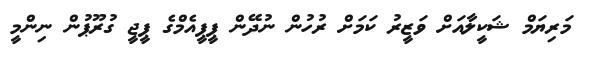
މަރިޔަމް ޝަކީލާއަށް ވަޒީރު ކަމަށް ރުހުން ނުދޭން ޕީޕީއެމްގެ ޕީޖީ ގުރޫޕުން ނިންމީ